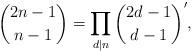
LaTeX: \begin{align*} \binom{2n-1}{n-1} = \prod_{d|n} \binom{2d-1}{d-1}', \end{align*}